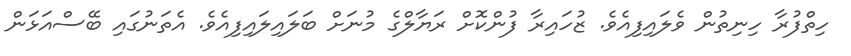
ހިތްފުރާ ހިނިތުން ވެލައިފިއެވެ. ޒުހައިރާ ފުންކޮށް ރަޔާލްގެ މުނަށް ބަލައިލައިފިއެވެ. އެތަނުގައި ބޭސްއަޅަން